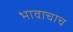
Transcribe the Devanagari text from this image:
भावाचाच